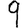
Digit: 9